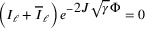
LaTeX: \left( I _ { \ell } + \overline { { I } } _ { \ell } \right) e ^ { - \displaystyle 2 J \sqrt { \gamma } \Phi } = 0